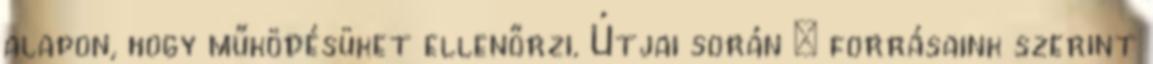
alapon, hogy működésüket ellenőrzi. Útjai során – forrásaink szerint